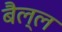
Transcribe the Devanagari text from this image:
बैल्ल